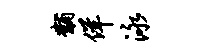
黼佯泳